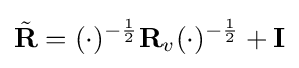
{\tilde {\mathbf {R} }}=(\cdot )^{-{\frac {1}{2}}}\mathbf {R} _{v}(\cdot )^{-{\frac {1}{2}}}+\mathbf {I}